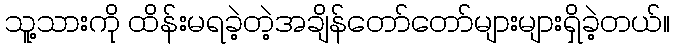
သူ့သားကို ထိန်းမရခဲ့တဲ့အချိန်တော်တော်များများရှိခဲ့တယ်။